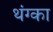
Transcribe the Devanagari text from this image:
थंग्का